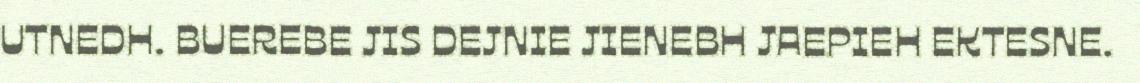
UTNEDH. BUEREBE JIS DEJNIE JIENEBH JAEPIEH EKTESNE.